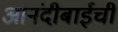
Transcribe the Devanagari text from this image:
आनंदीबाईची